Medical and sanitary report of the native army of Bengal for the year
Year: 1878
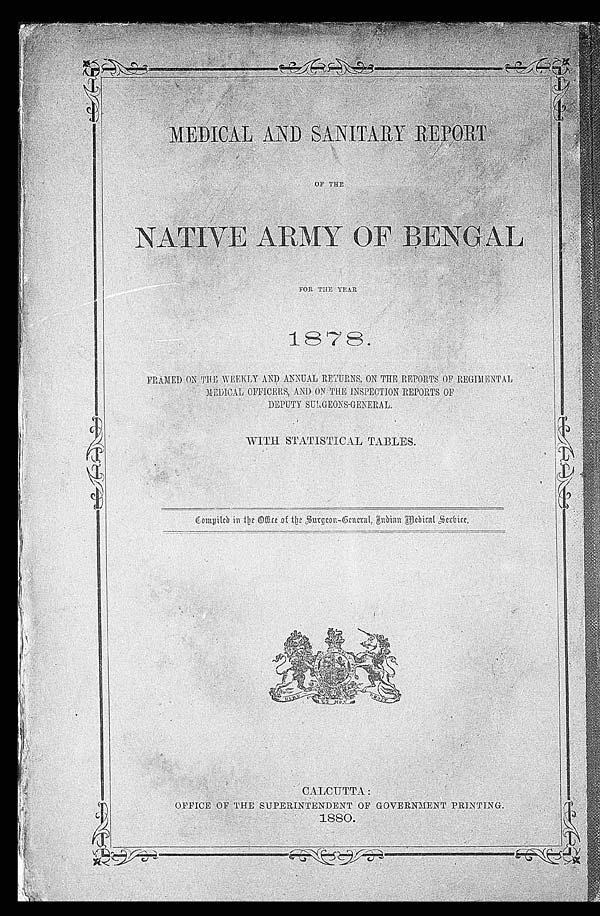
MEDICAL AND SANITARY REPORT
OF THE
NATIVE ARMY OF BENGAL
FOR THE YEAR
1878.
FRAMED ON THE WEEKLY AND ANNUAL RETURNS, ON THE REPORTS OF REGIMENTAL
MEDICAL OFFICERS, AND ON THE INSPECTION REPORTS OF
DEPUTY SURGEONS-GENERAL.
WITH STATISTICAL TABLES.
Compiled in the Office of the Surgeon-General, Indian Medical Service.
CALCUTTA:
OFFI CE OF THE SUPERI NTENDENT OF GOVERNMENT PRI NTI NG.
1880.